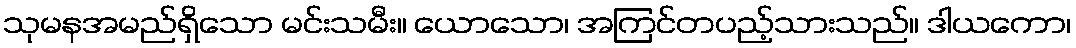
သုမနအမည်ရှိသော မင်းသမီး။ ယောသော၊ အကြင်တပည့်သားသည်။ ဒါယကော၊